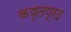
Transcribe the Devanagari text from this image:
कष्तप्रद